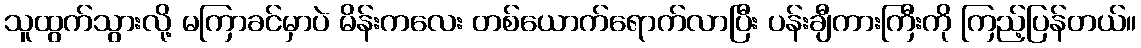
သူထွက်သွားလို့ မကြာခင်မှာပဲ မိန်းကလေး တစ်ယောက်ရောက်လာပြီး ပန်းချီကားကြီးကို ကြည့်ပြန်တယ်။